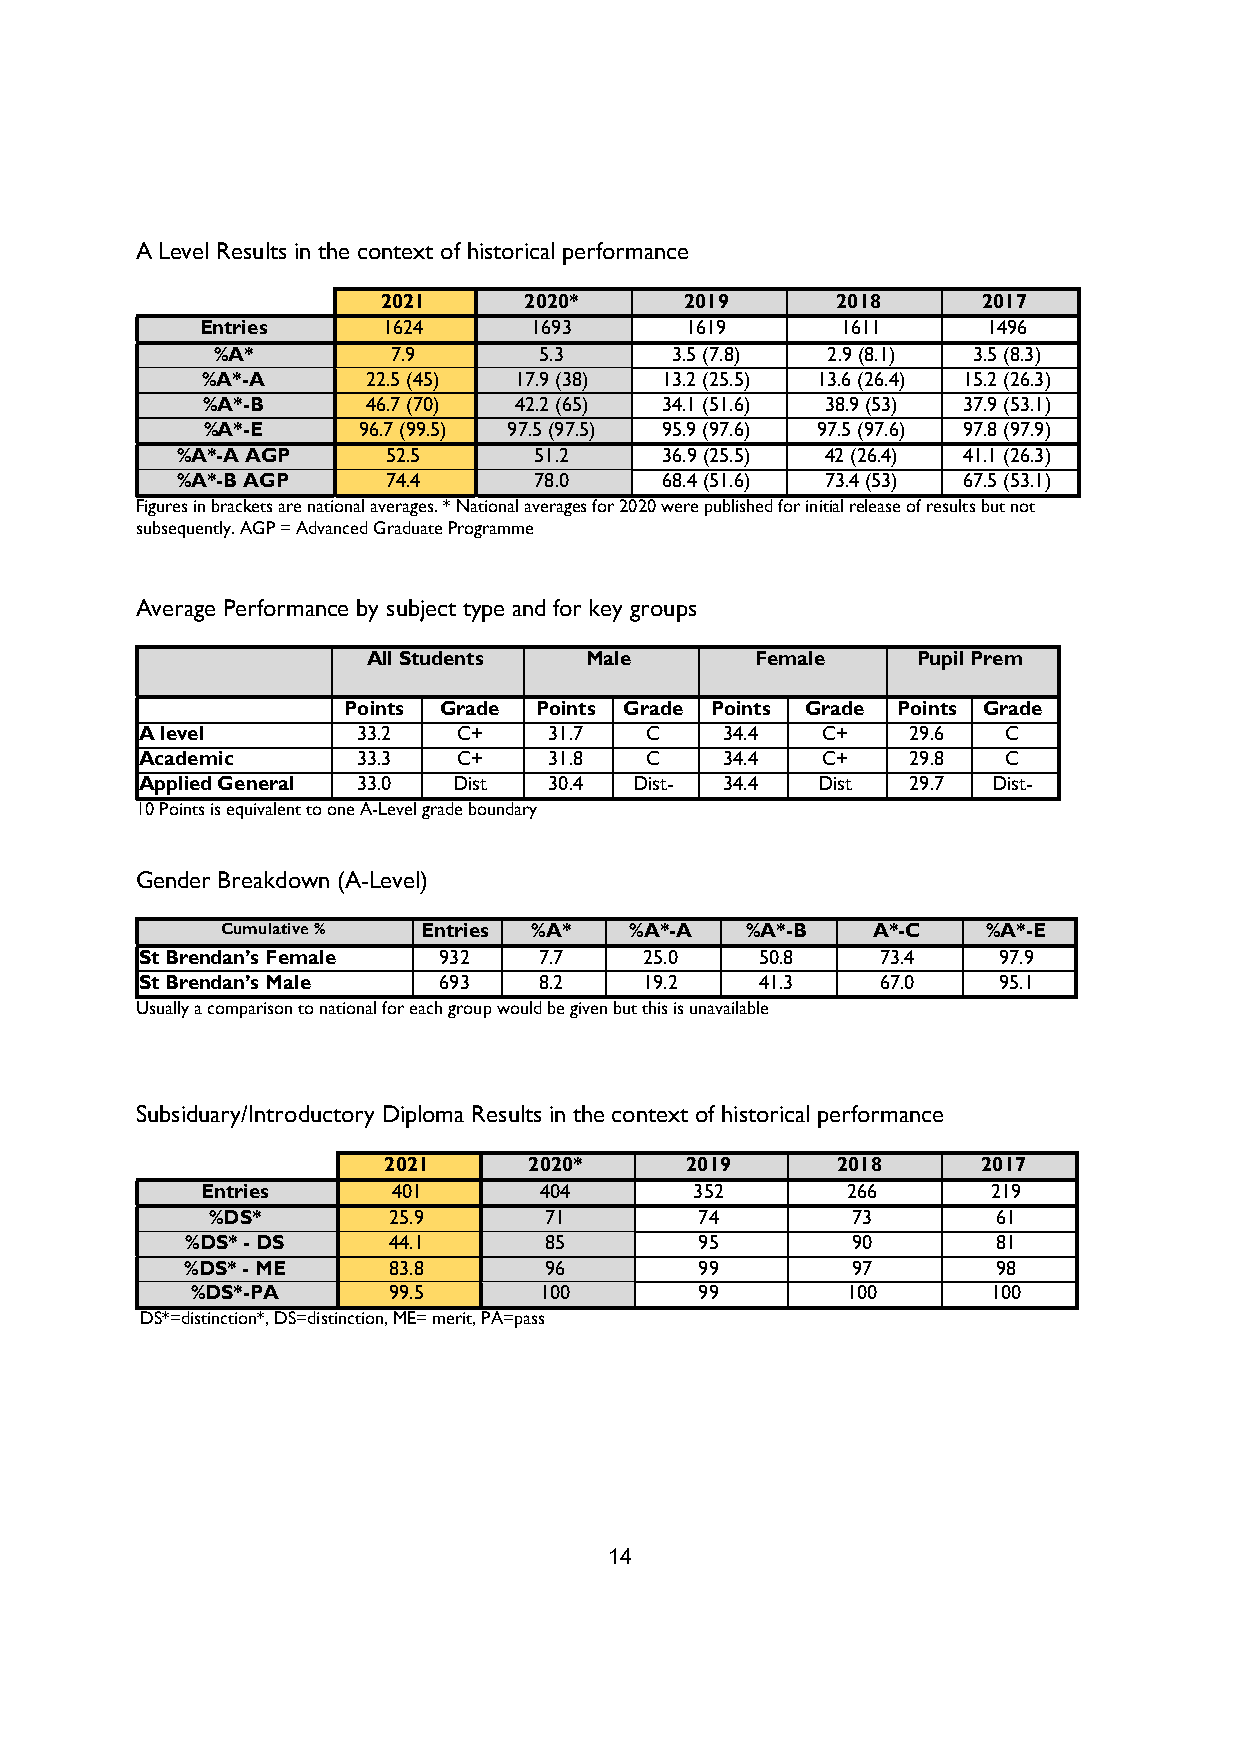
A Level Results in the context of historical performance
 2021      2020*     2019      2018      2017
 Entries     1624      1693      1619       1611     1496
 %A*         7.9       5.3     3.5 (7.8)  2.9 (8.1) 3.5 (8.3)
 %A*-A      22.5 (45) 17.9 (38) 13.2 (25.5) 13.6 (26.4) 15.2 (26.3)
 %A*-B      46.7 (70) 42.2 (65) 34.1 (51.6) 38.9 (53) 37.9 (53.1)
 %A*-E      96.7 (99.5) 97.5 (97.5) 95.9 (97.6) 97.5 (97.6) 97.8 (97.9)
 %A*-A AGP     52.5     51.2     36.9 (25.5) 42 (26.4) 41.1 (26.3)
 %A*-B AGP     74.4     78.0     68.4 (51.6) 73.4 (53) 67.5 (53.1)
 Figures in brackets are national averages. * National averages for 2020 were published for initial release of results but not
 subsequently. AGP = Advanced Graduate Programme
 Average Performance by subject type and for key groups
 All Students   Male       Female     Pupil Prem
 Points Grade Points Grade Points Grade Points Grade
 A level        33.2  C+    31.7   C    34.4  C+    29.6   C
 Academic       33.3  C+    31.8   C    34.4  C+    29.8   C
 Applied General 33.0 Dist  30.4  Dist- 34.4  Dist  29.7  Dist-
 10 Points is equivalent to one A-Level grade boundary
 Gender Breakdown (A-Level)
 Cumulative % Entries %A*   %A*-A  %A*-B    A*-C   %A*-E
 St Brendan’s Female 932    7.7    25.0   50.8    73.4    97.9
 St Brendan’s Male   693    8.2    19.2   41.3    67.0    95.1
 Usually a comparison to national for each group would be given but this is unavailable
 Subsiduary/Introductory Diploma Results in the context of historical performance
 2021      2020*     2019      2018      2017
 Entries      401       404       352       266       219
 %DS*        25.9      71        74        73        61
 %DS* - DS     44.1      85        95        90        81
 %DS* - ME     83.8      96        99        97        98
 %DS*-PA      99.5      100       99        100       100
 DS*=distinction*, DS=distinction, ME= merit, PA=pass
 14